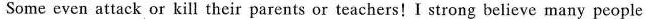
Some even attack or kill their parents or teachers!I strong believe many people